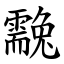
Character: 䨲